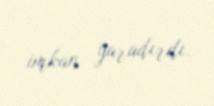
imkan yaradırdı.